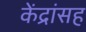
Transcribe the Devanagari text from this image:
केंद्रांसह